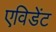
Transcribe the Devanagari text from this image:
एविडेंट